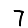
Digit: 7